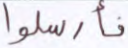
فأرسلوا